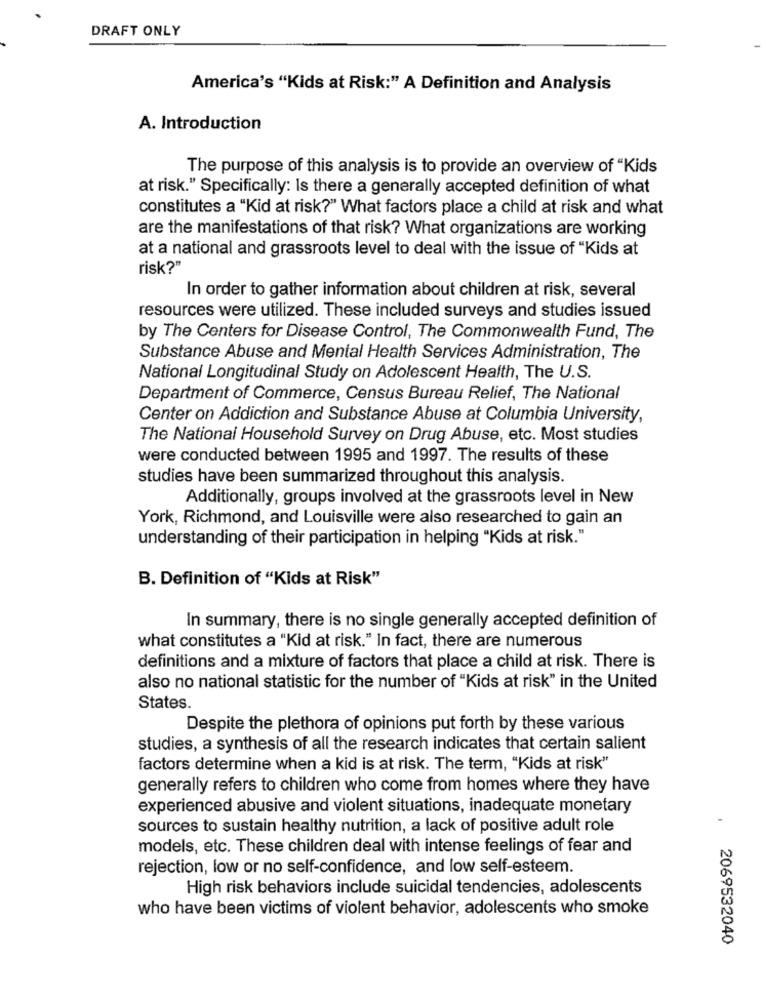
DRAFT ONLY
America's "Kids at Risk:" A Definition and Analysis
A. Introduction
The purpose of this analysis is to provide an overview of "Kids
at risk." Specifically: Is there a generally accepted definition of what
constitutes a "Kid at risk?" What factors place a child at risk and what
are the manifestations of that risk? What organizations are working
at a national and grassroots level to deal with the issue of "Kids at
risk?"
In order to gather information about children at risk, several
resources were utilized. These included surveys and studies issued
by The Centers for Disease Control, The Commonwealth Fund, The
Substance Abuse and Mental Health Services Administration, The
National Longitudinal Study on Adolescent Health, The U.S.
Department of Commerce, Census Bureau Relief, The National
Center on Addiction and Substance Abuse at Columbia University,
The National Household Survey on Drug Abuse, etc. Most studies
were conducted between 1995 and 1997. The results of these
studies have been summarized throughout this analysis.
Additionally, groups involved at the grassroots level in New
York, Richmond, and Louisville were also researched to gain an
understanding of their participation in helping "Kids at risk."
B. Definition of "Kids at Risk"
In summary, there is no single generally accepted definition of
what constitutes a "Kid at risk." In fact, there are numerous
definitions and a mixture of factors that place a child at risk. There is
also no national statistic for the number of "Kids at risk" in the United
States.
Despite the plethora of opinions put forth by these various
studies, a synthesis of all the research indicates that certain salient
factors determine when a kid is at risk. The term, "Kids at risk"
generally refers to children who come from homes where they have
experienced abusive and violent situations, inadequate monetary
sources to sustain healthy nutrition, a lack of positive adult role
models, etc. These children deal with intense feelings of fear and
rejection, low or no self-confidence, and low self-esteem.
High risk behaviors include suicidal tendencies, adolescents
who have been victims of violent behavior, adolescents who smoke
2069532040